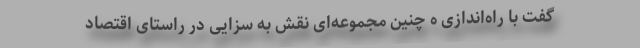
گفت با راه‌اندازی ه چنین مجموعه‌ای نقش به سزایی در راستای اقتصاد